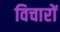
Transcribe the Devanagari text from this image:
विचारों